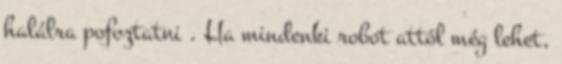
halálra pofoztatni . Ha mindenki robot attól még lehet,